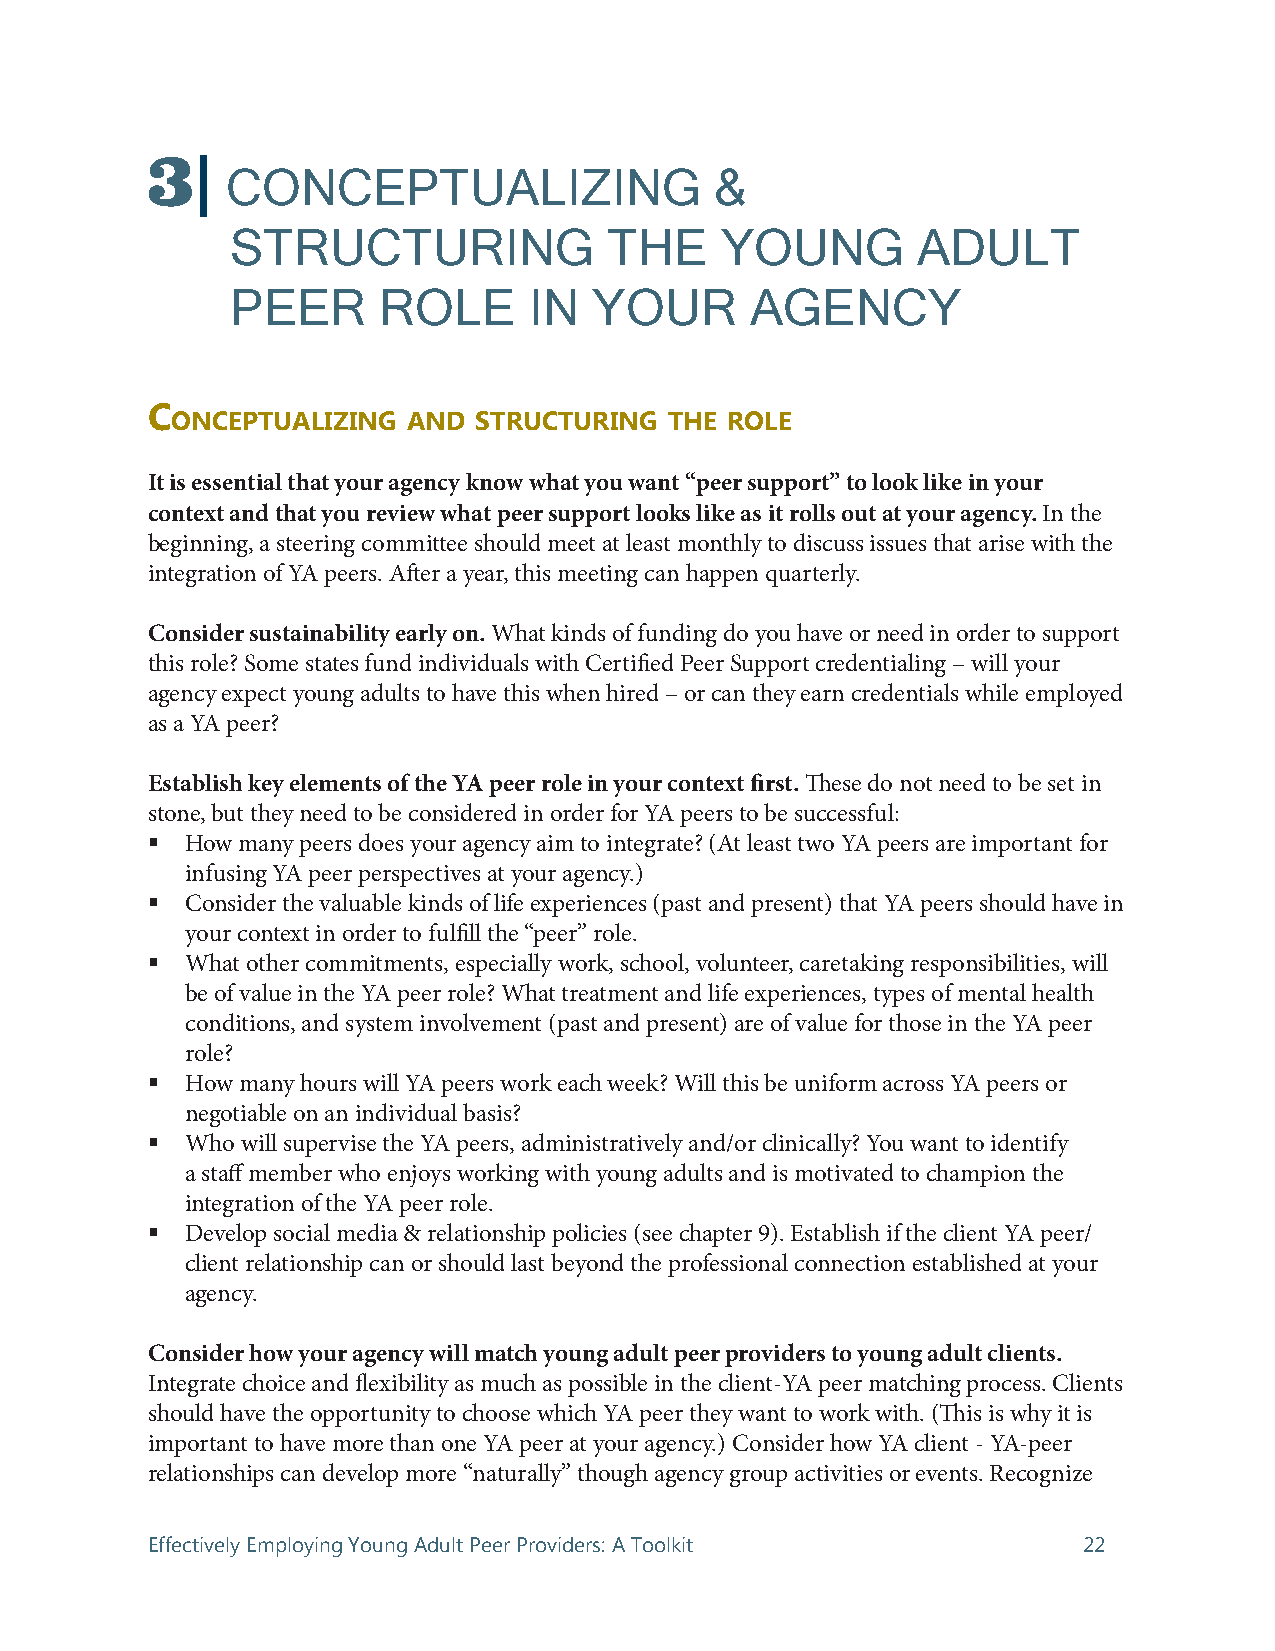
3
 CONCEPTUALIZING                 &
 STRUCTURING              THE     YOUNG        ADULT
 PEER      ROLE      IN  YOUR       AGENCY
 C
 onCePtuAlizing  And struCturing  the role
 It is essential that your agency know what you want “peer support” to look like in your
 context and that you review what peer support looks like as it rolls out at your agency. In the
 beginning, a steering committee should meet at least monthly to discuss issues that arise with the
 integration of YA peers. After a year, this meeting can happen quarterly.
 Consider sustainability early on. What kinds of funding do you have or need in order to support
 this role? Some states fund individuals with Certified Peer Support credentialing – will your
 agency expect young adults to have this when hired – or can they earn credentials while employed
 as a YA peer?
 Establish key elements of the YA peer role in your context first. These do not need to be set in
 stone, but they need to be considered in order for YA peers to be successful:
  How many peers does your agency aim to integrate? (At least two YA peers are important for
 infusing YA peer perspectives at your agency.)
  Consider the valuable kinds of life experiences (past and present) that YA peers should have in
 your context in order to fulfill the “peer” role.
  What other commitments, especially work, school, volunteer, caretaking responsibilities, will
 be of value in the YA peer role? What treatment and life experiences, types of mental health
 conditions, and system involvement (past and present) are of value for those in the YA peer
 role?
  How many hours will YA peers work each week? Will this be uniform across YA peers or
 negotiable on an individual basis?
  Who will supervise the YA peers, administratively and/or clinically? You want to identify
 a staff member who enjoys working with young adults and is motivated to champion the
 integration of the YA peer role.
  Develop social media & relationship policies (see chapter 9). Establish if the client YA peer/
 client relationship can or should last beyond the professional connection established at your
 agency.
 Consider how your agency will match young adult peer providers to young adult clients.
 Integrate choice and flexibility as much as possible in the client-YA peer matching process. Clients
 should have the opportunity to choose which YA peer they want to work with. (This is why it is
 important to have more than one YA peer at your agency.) Consider how YA client - YA-peer
 relationships can develop more “naturally” though agency group activities or events. Recognize
 Effectively Employing Young Adult Peer Providers: A Toolkit   22